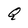
Character: Q